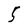
Character: 5